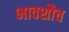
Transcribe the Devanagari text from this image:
भावशौच